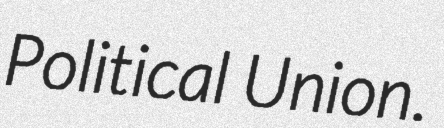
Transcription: Political Union.